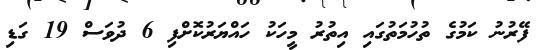
ފޭރުނު ކަމުގެ ތުހުމަތުގައި އިތުރު މީހަކު ހައްޔަރުކޮށްފި 6 ދުވަސް 19 ގަޑި